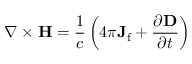
\nabla \times \mathbf { H } = { \frac { 1 } { c } } \left( 4 \pi \mathbf { J } _ { \mathrm { f } } + { \frac { \partial \mathbf { D } } { \partial t } } \right)